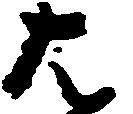
は